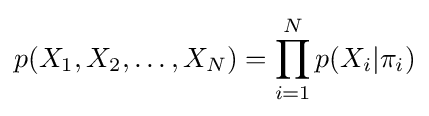
p(X_{1},X_{2},\dots ,X_{N})=\prod _{i=1}^{N}p(X_{i}|\pi _{i})